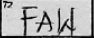
Transcription: FAW